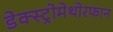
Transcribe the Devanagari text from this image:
डेक्स्ट्रोमेथोरफान